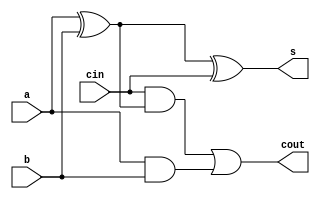
`timescale 1ns / 1ps
//////////////////////////////////////////////////////////////////////////////////
// Company: 
// Engineer: 
// 
// Design Name: 
// Module Name:    add_sub 
// Project Name: 
// Target Devices: 
// Tool versions: 
// Description: 
//
// Dependencies: 
//
// Revision: 
// Revision 0.01 - File Created
// Additional Comments: 
//
//////////////////////////////////////////////////////////////////////////////////
module add_sub1(a, b,cin,s,cout);
input a , b , cin;
output s , cout ;
wire xorab , andab , andxorcab ;
xor g1(xorab , a , b);
xor g2(s, xorab , cin);
and g3(andab , a , b);
and g4(andxorcab , cin , xorab);
or g5(cout , andxorcab , andab);
endmodule

module add_sub(a , b , cin, sum, cout);
input [3:0] a;
input [3:0] b;
input cin;
output[1:0] sum;
output cout;
wire carry;
add_sub1 g5(a[0],b[0], cin , sum[0],carry);
add_sub1 g6(a[1],b[1], carry , sum[1],cout);
endmodule